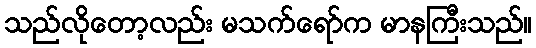
သည်လိုတော့လည်း မသက်ရော်က မာနကြီးသည်။